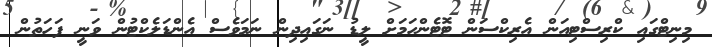
މިނިޓްގައި ކްރިސްޓިއަން އެރިކްސަން ޓޮޓެންހަމަށް ލީޑު ނަަގައިދިން ނަމަވެސް އެންޑަލެކްޓުން ވަނީ ފަހަތުން